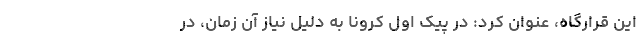
این قرارگاه، عنوان کرد: در پیک اول کرونا به دلیل نیاز آن زمان، در